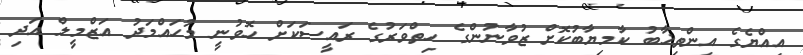
އިއްޔެގެ އިންތިޚާބު ކާމިޔާބުކޮށް ޒުވާނުންގެ ހިތްވަރުގެ ރައީސަކަށް ހޮވުނީ މުހައްމަދު އަޒްމީލް އަދި